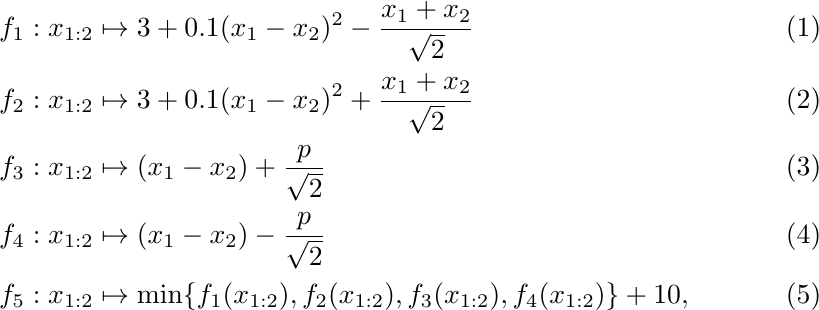
\begin{align}
f_1 &: x_{1:2} \mapsto 3 + 0.1(x_1 - x_2)^2 - \frac{x_1+x_2}{\sqrt{2}}\\
f_2 &: x_{1:2} \mapsto 3 + 0.1(x_1 - x_2)^2 + \frac{x_1+x_2}{\sqrt{2}}\\
f_3 &: x_{1:2} \mapsto (x_1 - x_2) + \frac{p}{\sqrt{2}}\\
f_4 &: x_{1:2} \mapsto (x_1 - x_2) - \frac{p}{\sqrt{2}}\\
f_5 &: x_{1:2} \mapsto \text{min} \{f_1(x_{1:2}), f_2(x_{1:2}), f_3(x_{1:2}),f_4(x_{1:2})\} + 10,
\end{align}